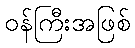
ဝန်ကြီးအဖြစ်